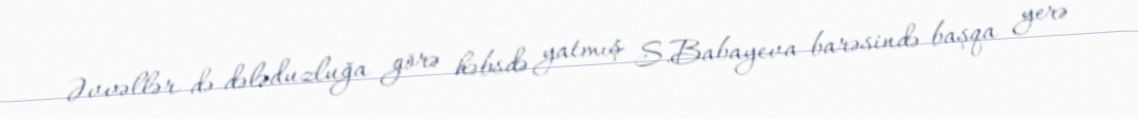
Əvvəllər də dələduzluğa görə həbsdə yatmış S.Babayeva barəsində başqa yerə